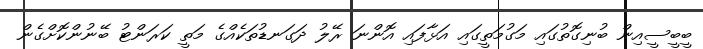
ބީބީސީއިން ބުނިގޮތުގައި މަގުމަތީގައި އަޅާފައި އޮންނަ ރޭލު ދަގަނޑުތަކެއްގެ މަތީ ކަރަންޓު ބޭނުންކޮށްގެން